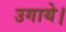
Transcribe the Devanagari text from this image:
उगाये।